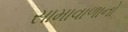
સામાવાળાનો